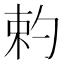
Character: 𠣩